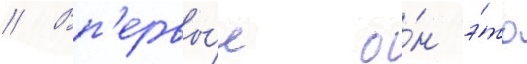
// Вп'ервы́е о́н э́то